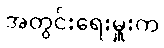
အတွင်းရေးမှူးက